Resolution. No. 1369 Ex.
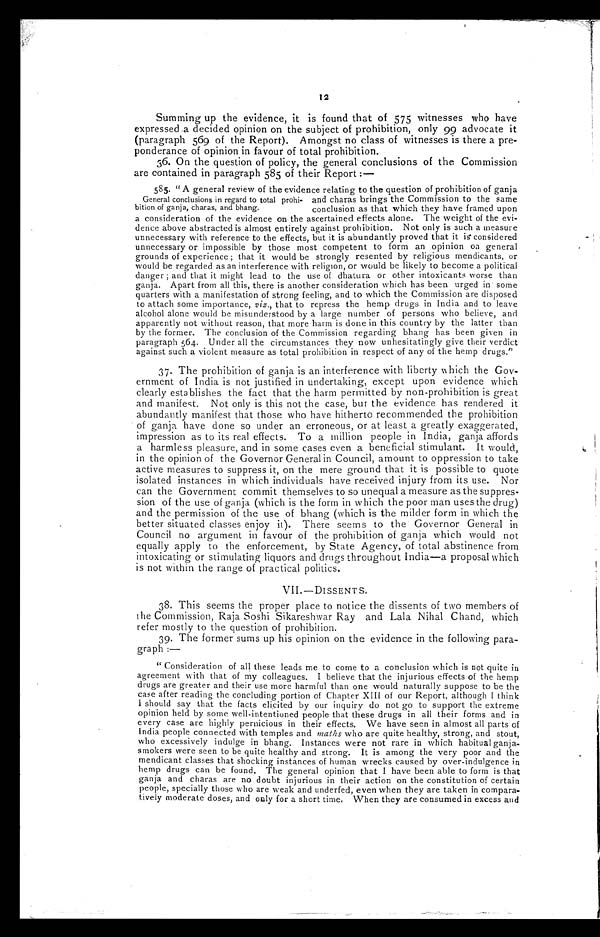
Summing up the evidence, it is found that of 575 witnesses who have
expressed a decided opinion on the subject of prohibition, only 99 advocate it
(paragraph 569 of the Report). Amongst no class of witnesses is there a pre-
ponderance of opinion in favour of total prohibition.
36. On the question of policy, the general conclusions of the Commission
are contained in paragraph 585 of their Report:—
585. " A general review of the evidence relating to the question of prohibition of ganja
General conclusions in regard to total prohi- and charas brings the Commission to the same
bition of ganja, charas, and bhang. conclusion as that which they have framed upon
a consideration of the evidence on the ascertained effects alone. The weight of the evi-
dence above abstracted is almost entirely against prohibition. Not only is such a measure
unnecessary with reference to the effects, but it is abundantly proved that it is considered
unnecessary or impossible by those most competent to form an opinion on general
grounds of experience; that it would be strongly resented by religious mendicants, o
r w o u l d b e r e g a r d e d a s a n i n t e r f e r e n c e w i t h r e l i g i o n , o r w o u l d b e l i k e l y t o b e c o m e a p o l i t i c a l
danger; and that it might lead to the use of dhatura or other intoxicants worse than
ganja. Apart from all this, there is another consideration which has been urged in some
quarters with a manifestation of strong feeling, and to which the Commission are disposed
to attach some importance, viz ., that to repress the hemp drugs in India and to leave
alcohol alone would be misunderstood by a large number of persons who believe, and
apparently not without reason, that more harm is done in this country by the latter than
by the former. The conclusion of the Commission regarding bhang has been given in
paragraph 564. Under all the circumstances they now unhesitatingly give their verdict
against such a violent measure as total prohibition in respect of any of the hemp drugs."
37. The prohibition of ganja is an interference with liberty which the Gov-
ernment of India is not justified in undertaking, except upon evidence which
clearly establishes the fact that the harm permitted by non-prohibition is great
and manifest. Not only is this not the case, but the evidence has rendered it
abundantly manifest that those who have hitherto recommended the prohibition
of ganja have done so under an erroneous, or at least a greatly exaggerated,
impression as to its real effects. To a million people in India, ganja affords
a harmless pleasure, and in some cases even a beneficial stimulant. It would,
in the opinion of the Governor General in Council, amount to oppression to take
active measures to suppress it, on the mere ground that it is possible to quote
isolated instances in which individuals have received injury from its use. Nor
can the Government commit themselves to so unequal a measure as the suppres-
sion of the use of ganja (which is the form in which the poor man uses the drug)
and the permission of the use of bhang (which is the milder form in which the
better situated classes enjoy it). There seems to the Governor General in
Council no argument in favour of the prohibition of ganja which would not
equally apply to the enforcement, by State Agency, of total abstinence from
intoxicating or stimulating liquors and drugs throughout India—a proposal which
is not within the range of practical politics.
VII. — DISSENTS.
38. This seems the proper place to notice the dissents of two members of
the Commission, Raja Soshi Sikareshwar Ray and Lala Nihal Chand, which
refer mostly to the question of prohibition.
39. The former sums up his opinion on the evidence in the following para-
graph: -
" Consideration of all these leads me to come to a conclusion which is not quite in
agreement with that of my colleagues. I believe that the injurious effects of the hemp
drugs are greater and their use more harmful than one would naturally suppose to be the
case after reading the concluding portion of Chapter XIII of our Report, although I think
I should say that the facts elicited by our inquiry do not go to support the extreme
opinion held by some well-intentioned people that these drugs in all their forms and in
every case are highly pernicious in their effects. We have seen in almost all parts of
India people connected with temples and maths who are quite healthy, strong, and stout,
who excessively indulge in bhang. Instances were not rare in which habitual
ganja-smokers were seen to be quite healthy and strong. It is among the very poor and the
mendicant classes that shocking instances of human wrecks caused by over-indulgence in
hemp drugs can be found. The general opinion that I have been able to form is that
ganja and charas are no doubt injurious in their action on the constitution of certain
people, specially those who are weak and underfed, even when they are taken in compara-
tively moderate doses, and only for a short time. When they are consumed in excess and